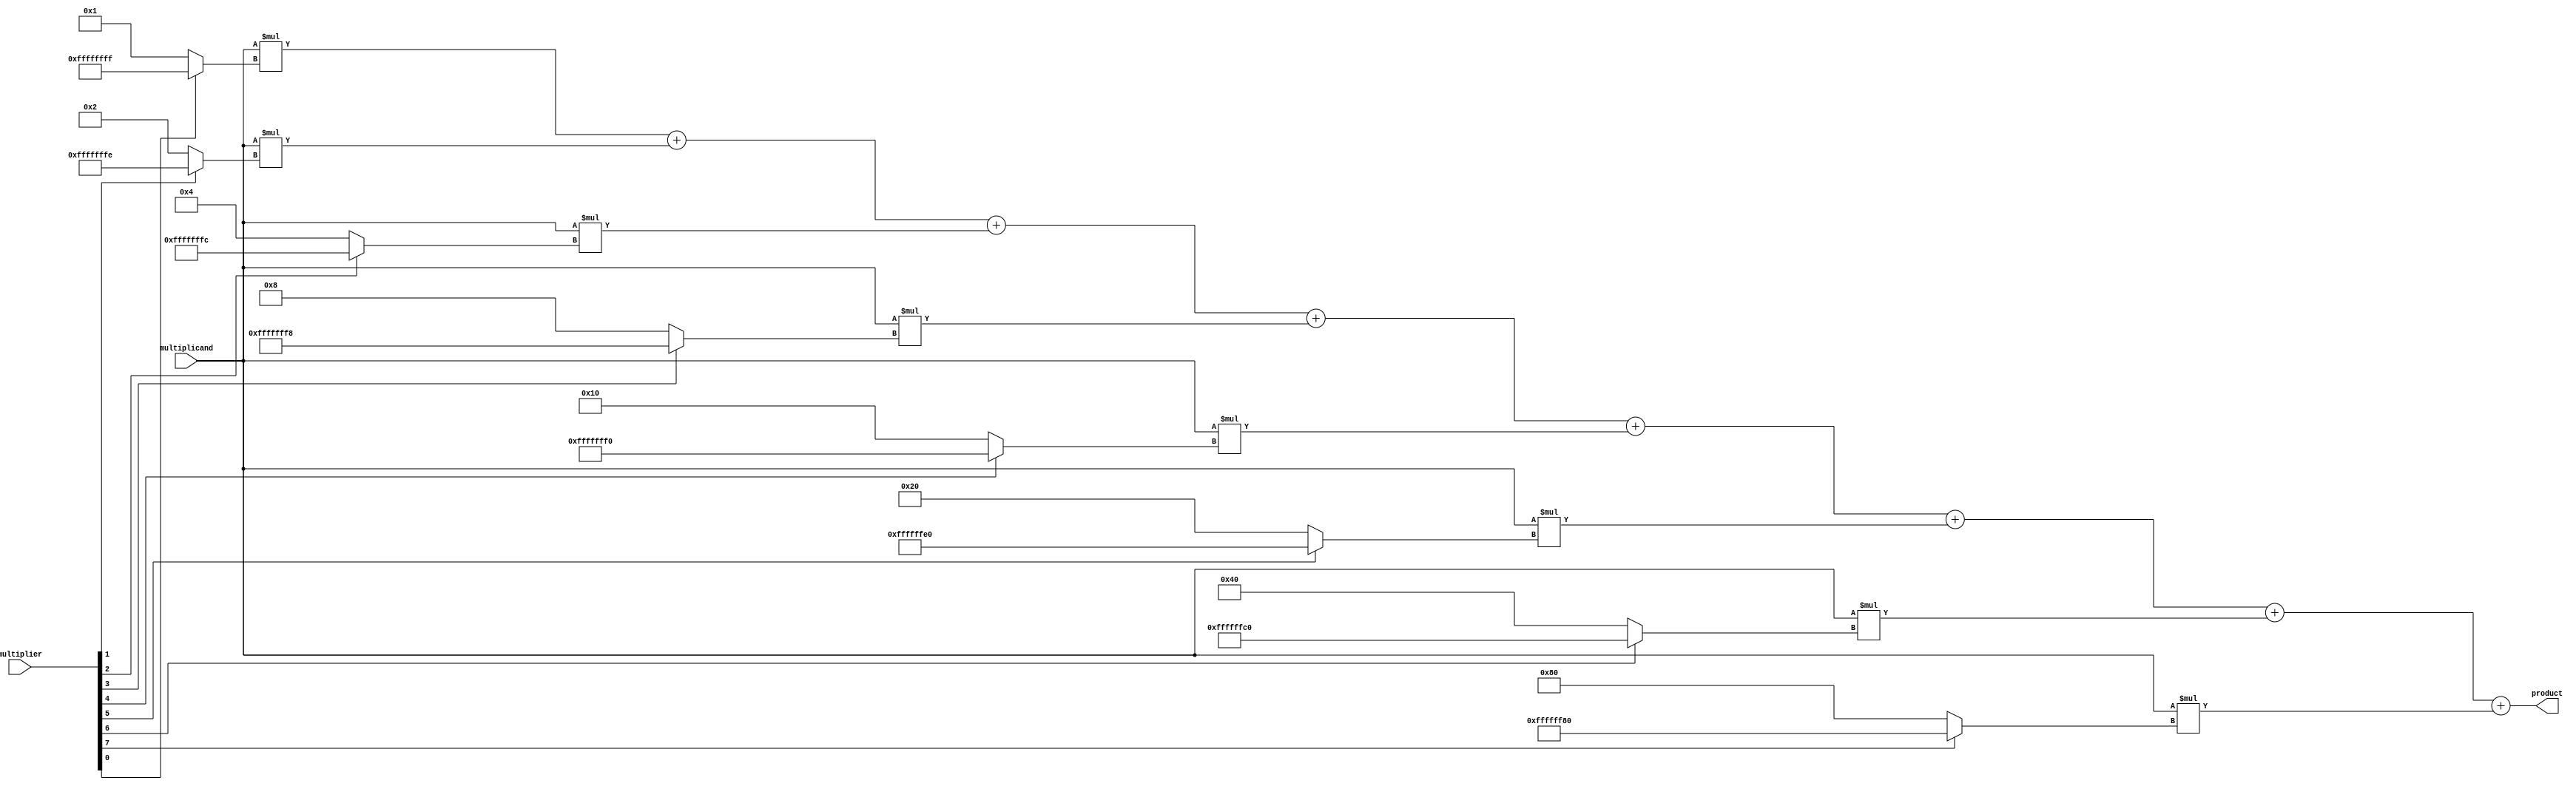
module parallel_booth_multiplier (
    input wire [7:0] multiplicand,
    input wire [7:0] multiplier,
    output wire [15:0] product
);

reg [15:0] partial_products [7:0];

genvar i;
generate
    for (i = 0; i < 8; i = i + 1) begin : gen_partial_products
        assign partial_products[i] = multiplicand * (multiplier[i] ? -(1 << i) : (1 << i));
    end
endgenerate

assign product = partial_products[0] + partial_products[1] + partial_products[2] +
                 partial_products[3] + partial_products[4] + partial_products[5] +
                 partial_products[6] + partial_products[7];

endmodule